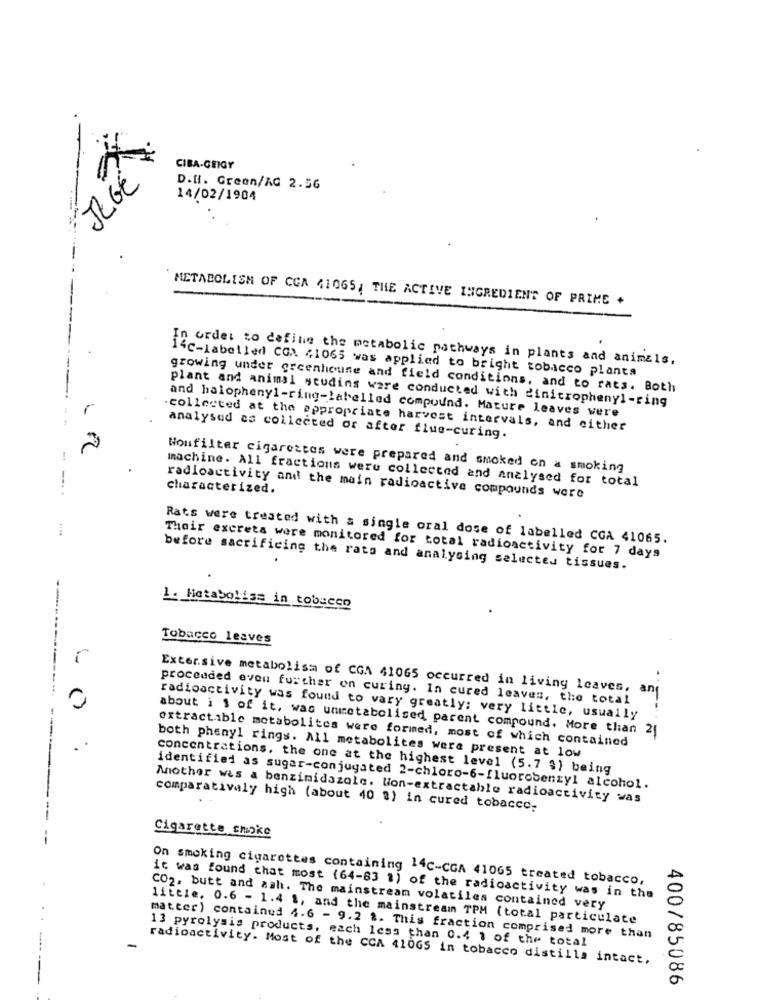
CIBA-GEIGY
ILGE
D.H. Green/AG 2.56
14/02/1904
METABOLISM OF CGA 41065, THE ACTIVE INGREDIENT OF PRIME +
in order to define the metabolic pathways in plants and animals,
14c-Labelled CGA 41065 was applied to bright tobacco plants
growing under greenhouse and field conditions, and to rats. Both
plant and animal scudins were conducted with dinitrophenyl-ring
and halophenyl-ring-labelled compound. Mature leaves were
collected at the appropriate harvest intervals, and either
analysed as collected or after flue-curing.
FC
Houfilter cigarettes were prepared and smoked on a smoking
machine. All fractions were collected and analysed for total
characterized.
radioactivity and the main radioactive compounds were
....
Rats were treated with a single oral dose of labelled CGA 41065.
Their excreta were monitored for total radioactivity for 7 days
before sacrificing the rats and analysing selectes tissues.
1. Hetaboliss in tobacco
Tobacco leaves
N .5.
Exter.sive metabolism of CGA 41065 occurred in living leaves,
proceeded even further on curing. In cured leaves, the total
radioactivity was found to vary greatly; very little, usually
about i 1 of it, was ummetabolised parent compound. More than 21
extractible metabolites were formed, most of which contained
both phenyl rings. All metabolites were present at low
concentrations, the one at the highest level (5.7 $) being
identified as sugar-conjugated 2-chloro-6-fluorobenzyl alcohol.
Mother was a benzimidazole. lion-extractable radioactivity was
comparatively high (about 40 8) in cured tobacco;
Cigarette smoke
--
On smoking cigarettes containing 14C-CGA 41065 treated tobacco,
it was found that most (64-83 1) of the radioactivity was in the
CO2, butt and aah. The mainstream volatiles contained very
little, 0.6 - 1.4 1, and the mainstream TPM (total particulate
matter) contained 4.6 - 9.2 .. This fraction comprised more than
13 pyrolysis products, each less than 0.4 1 of the total
radioactivity. Most of the CCA 410GS in tobacco distilla intact,
400/85086